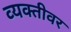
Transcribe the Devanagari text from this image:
व्‍यक्‍तीवर